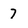
Character: 7